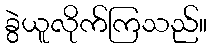
ခွဲယူလိုက်ကြသည်။